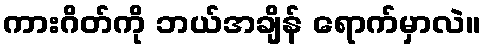
ကားဂိတ်ကို ဘယ်အချိန် ရောက်မှာလဲ။